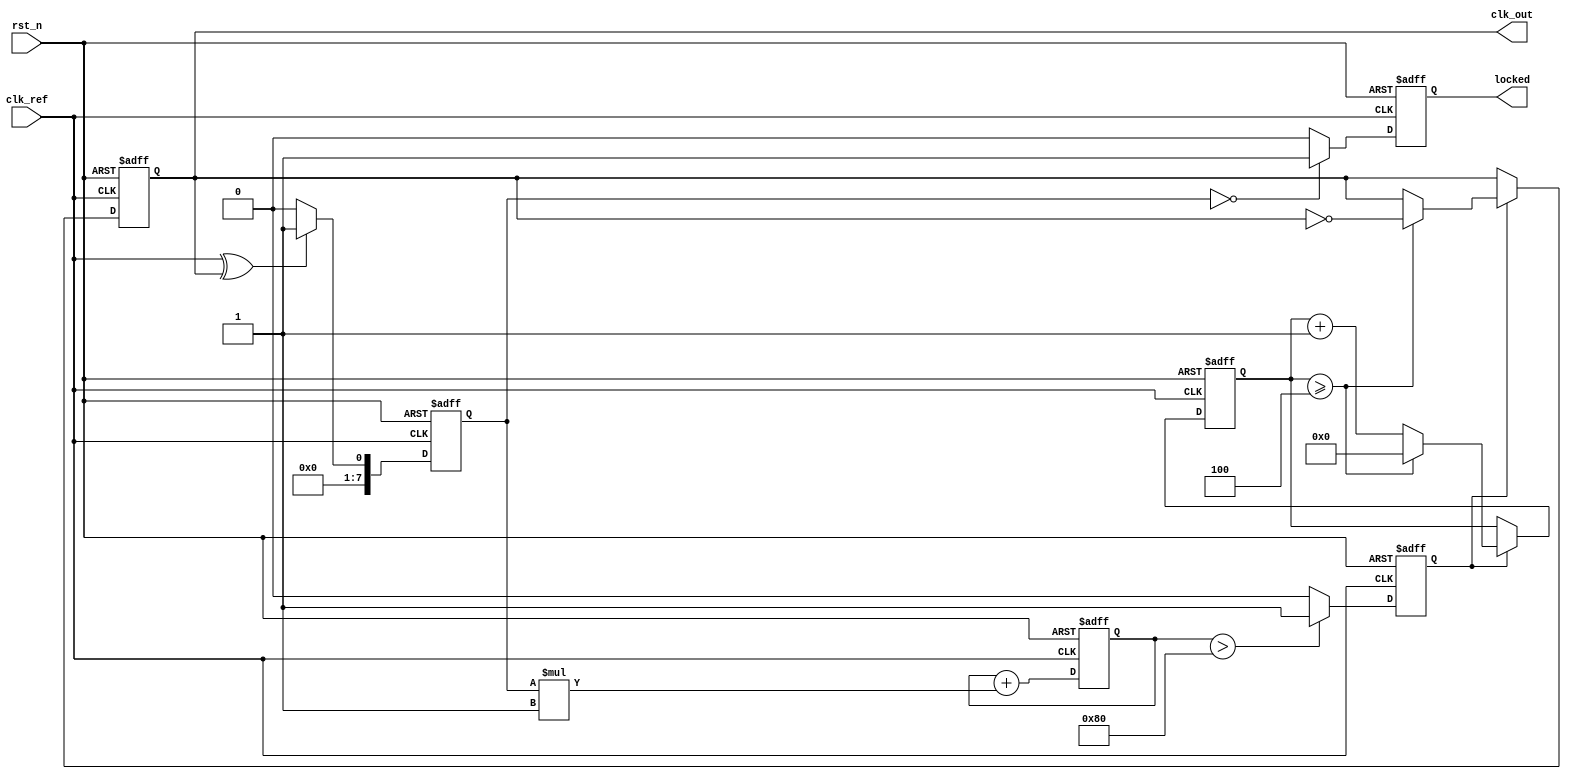
module PLL (
    input wire clk_ref,         // Reference clock input
    input wire rst_n,          // Active low reset
    output reg clk_out,        // Output clock
    output reg locked          // Lock status indicator
);

// Parameters
parameter DIV_RATIO = 4;     // Feedback divider ratio
parameter VCO_MAX_FREQ = 200; // Max VCO frequency in MHz
parameter VCO_MIN_FREQ = 50;  // Min VCO frequency in MHz
parameter LOOP_FILTER_GAIN = 1; // Loop filter gain

// Internal signals
reg [7:0] phase_error;         // Phase error signal
reg [7:0] control_voltage;      // Control voltage for VCO
reg [7:0] vco_output;           // VCO output frequency
reg [31:0] counter;             // Counter for clock generation
reg [7:0] feedback_divider;     // Feedback divider value
reg vco_en;                     // VCO enable signal

// Phase Detector (simple XOR implementation)
always @(posedge clk_ref or negedge rst_n) begin
    if (!rst_n) begin
        phase_error <= 0;
    end else begin
        // Example phase detector logic (simplified)
        phase_error <= (clk_ref ^ clk_out) ? 1 : 0; // Phase error signal
    end
end

// Loop Filter (simple first-order filter)
always @(posedge clk_ref or negedge rst_n) begin
    if (!rst_n) begin
        control_voltage <= 0;
    end else begin
        control_voltage <= control_voltage + (phase_error * LOOP_FILTER_GAIN);
    end
end

// VCO (simple model)
always @(posedge clk_ref or negedge rst_n) begin
    if (!rst_n) begin
        vco_output <= VCO_MIN_FREQ;
        vco_en <= 0;
    end else begin
        // Control VCO frequency based on control voltage
        if (control_voltage > 128) begin
            vco_output <= VCO_MAX_FREQ; // Max frequency
            vco_en <= 1;
        end else begin
            vco_output <= VCO_MIN_FREQ; // Min frequency
            vco_en <= 0;
        end
    end
end

// Feedback Divider
always @(posedge clk_ref or negedge rst_n) begin
    if (!rst_n) begin
        feedback_divider <= 0;
        counter <= 0;
        clk_out <= 0;
        locked <= 0;
    end else begin
        if (vco_en) begin
            counter <= counter + 1;
            if (counter >= DIV_RATIO) begin
                clk_out <= ~clk_out; // Toggle output clock
                counter <= 0;
            end
        end

        // Lock detection logic
        if (phase_error == 0) begin
            locked <= 1; // PLL is locked
        end else begin
            locked <= 0; // PLL is not locked
        end
    end
end

endmodule